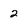
Character: 2